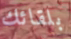
بلقائك